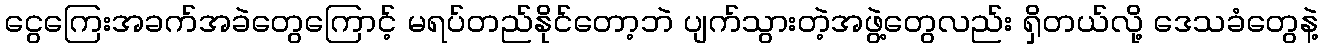
ငွေကြေးအခက်အခဲတွေကြောင့် မရပ်တည်နိုင်တော့ဘဲ ပျက်သွားတဲ့အဖွဲ့တွေလည်း ရှိတယ်လို့ ဒေသခံတွေနဲ့